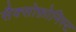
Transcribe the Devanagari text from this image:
सैक्सोफ़ोनिस्ट